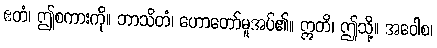
ဧတံ၊ ဤစကားကို။ ဘာသိတံ၊ ဟောတော်မူအပ်၏။ ဣတိ၊ ဤသို့။ အဝေါစ၊